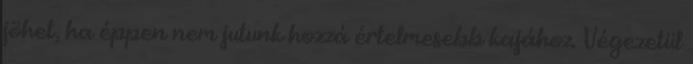
jöhet, ha éppen nem jutunk hozzá értelmesebb kajához. Végezetül